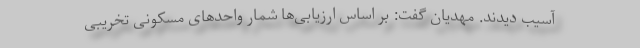
آسیب دیدند. مهدیان گفت: بر اساس ارزیابی‌ها شمار واحدهای مسکونی تخریبی